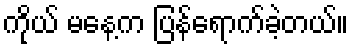
ကိုယ် မနေ့က ပြန်ရောက်ခဲ့တယ်။